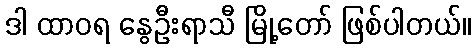
ဒါ ထာဝရ နွေဦးရာသီ မြို့တော် ဖြစ်ပါတယ်။